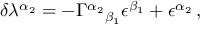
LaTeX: \delta \lambda ^ { \alpha _ { 2 } } = - \Gamma ^ { \alpha _ { 2 } } { } _ { \beta _ { 1 } } \epsilon ^ { \beta _ { 1 } } + \epsilon ^ { \alpha _ { 2 } } \, ,